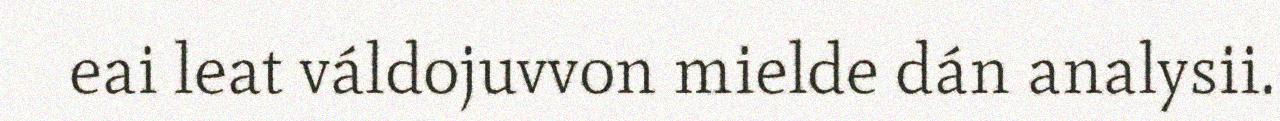
eai leat váldojuvvon mielde dán analysii.